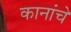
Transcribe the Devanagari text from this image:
कानांचे